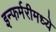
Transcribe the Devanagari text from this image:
इन्फर्मरीमध्ये